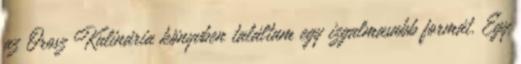
az Orosz Kulinária könyvben találtam egy izgalmasabb formát. Egy